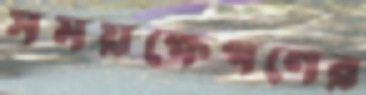
সময়ক্ষেপণের